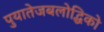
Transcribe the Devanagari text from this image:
पुयातेजबलोद्धिको